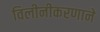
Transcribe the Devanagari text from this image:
विलीनीकरणाने